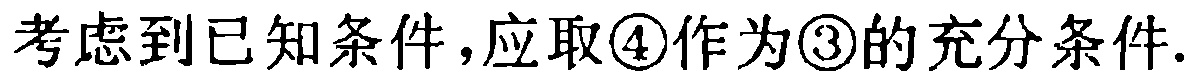
考虑到已知条件,应取\textcircled{4}作为\textcircled{3}的充分条件.